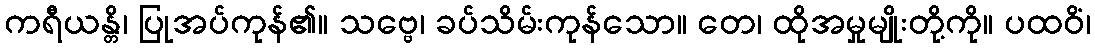
ကရီယန္တိ၊ ပြုအပ်ကုန်၏။ သဗ္ဗေ၊ ခပ်သိမ်းကုန်သော။ တေ၊ ထိုအမှုမျိုးတို့ကို။ ပထဝိံ၊